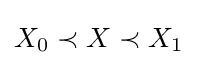
X_{0}\prec X\prec X_{1}